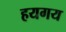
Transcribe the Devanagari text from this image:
हयगय